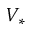
V _ { * }